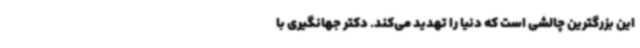
این بزرگترین چالشی است که دنیا را تهدید می‌کند. دکتر جهانگیری با